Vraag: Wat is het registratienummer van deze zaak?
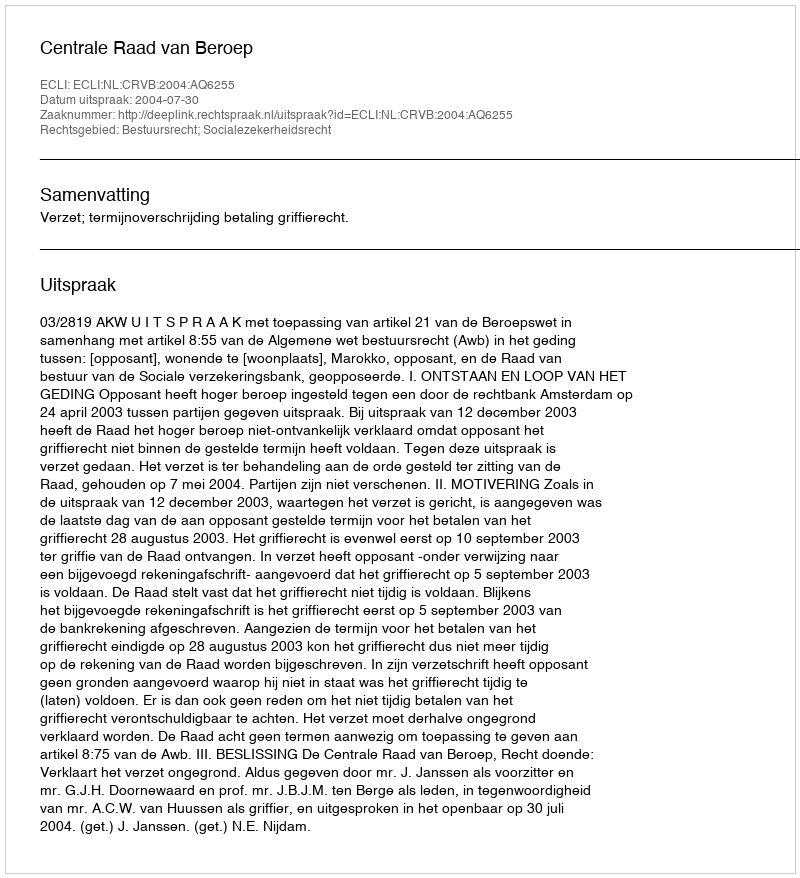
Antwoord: http://deeplink.rechtspraak.nl/uitspraak?id=ECLI:NL:CRVB:2004:AQ6255